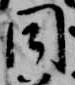
同